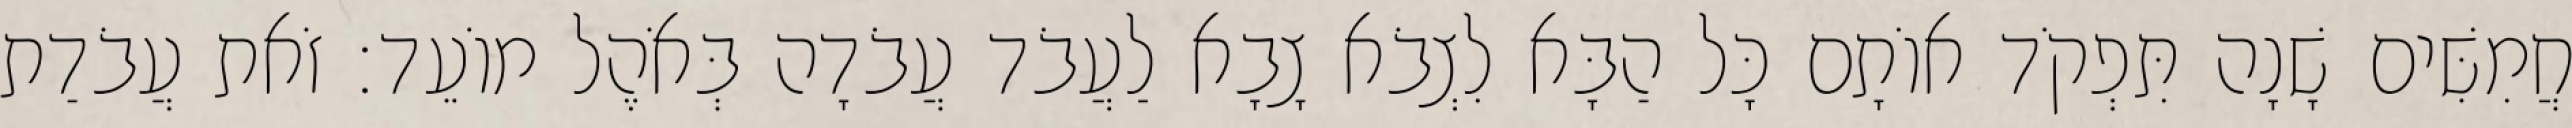
חֲמִשִּׁים שָׁנָה תִּפְקֹד אוֹתָם כָּל הַבָּא לִצְבֹא צָבָא לַעֲבֹד עֲבֹדָה בְּאֹהֶל מוֹעֵד׃ זֹאת עֲבֹדַת